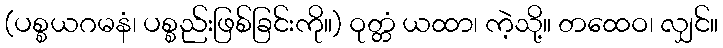
(ပစ္စယဂမနံ၊ ပစ္စည်းဖြစ်ခြင်းကို။) ဝုတ္တံ ယထာ၊ ကဲ့သို့။ တထေဝ၊ လျှင်။